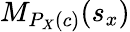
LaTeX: M_{P_{X}(c)}(s_{x})